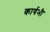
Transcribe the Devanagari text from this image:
कार्यभी